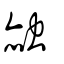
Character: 赨